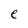
Character: e